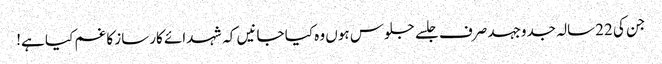
جن کی 22سالہ جدوجہد صرف جلسے جلوس ہوں وہ کیا جانیں کہ شہدائے کارساز کا غم کیا ہے!